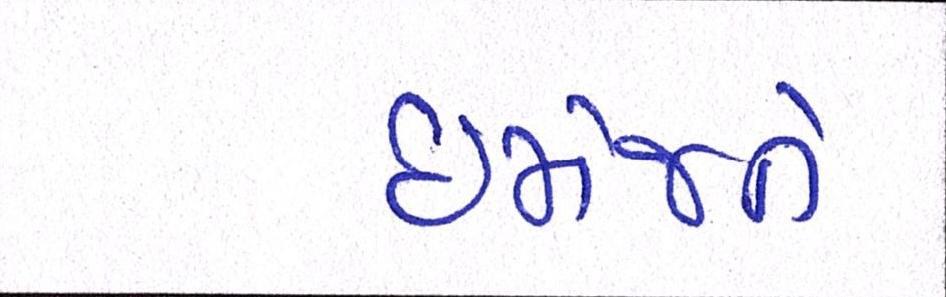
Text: ઈમેજને